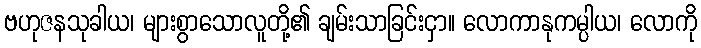
ဗဟုဇနသုခါယ၊ များစွာသောလူတို့၏ ချမ်းသာခြင်းငှာ။ လောကာနုကမ္ပါယ၊ လောကို